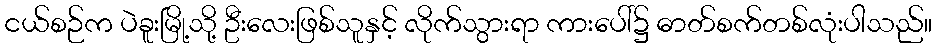
ငယ်စဉ်က ပဲခူးမြို့သို့ ဦးလေးဖြစ်သူနှင့် လိုက်သွားရာ ကားပေါ်၌ ဓာတ်စက်တစ်လုံးပါသည်။